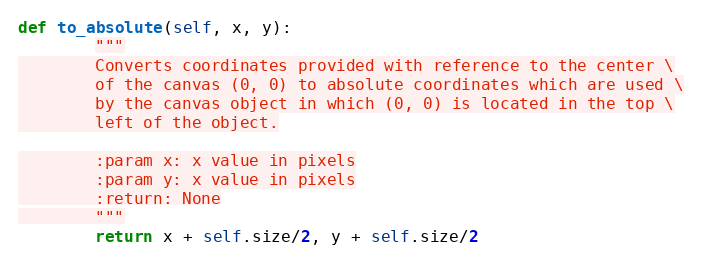
Language: Python
def to_absolute(self, x, y):
        """
        Converts coordinates provided with reference to the center \
        of the canvas (0, 0) to absolute coordinates which are used \
        by the canvas object in which (0, 0) is located in the top \
        left of the object.

        :param x: x value in pixels
        :param y: x value in pixels
        :return: None
        """
        return x + self.size/2, y + self.size/2